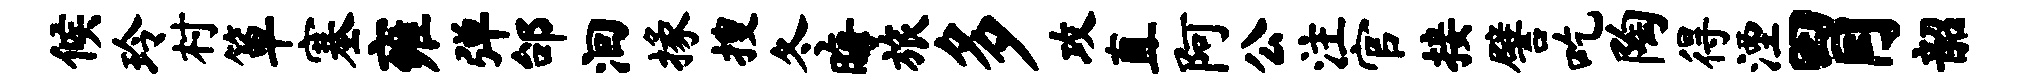
候玲村箪塞雍弹邰洄掾搜冬晦旅多攻直阿公注官接譬吃陶得湮胃韶